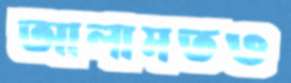
আলামতও